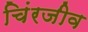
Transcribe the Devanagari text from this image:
चिंरजीव